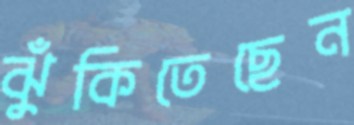
ঝুঁকিতেছেন